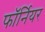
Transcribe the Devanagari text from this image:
फॉर्नियर